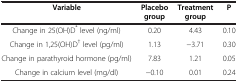
| Variable | Placebo group | Treatment group | P |
 | --- | --- | --- | --- |
 | Change in 25(OH)D* level (ng/ml) | 0.20 | 4.43 | 0.10 |
 | Change in 1,25(OH)D† level (pg/ml) | 1.13 | −3.71 | 0.30 |
 | Change in parathyroid hormone (pg/ml) | 7.83 | 1.21 | 0.05 |
 | Change in calcium level (mg/dl) | −0.10 | 0.01 | 0.24 |